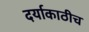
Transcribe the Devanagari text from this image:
दर्याकाठीच